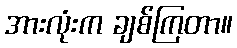
အားလုံးက ချစ်ကြတာ။